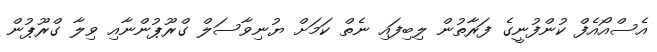
އެސްއޯއެފް ކުންފުނީގެ ފަރާތުން ލިބިފައި ނެތް ކަމަށް ޔުނިވާސަލް ގްރޫޕުންނާއި ވިލާ ގްރޫޕުން